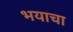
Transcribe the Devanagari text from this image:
भयाचा